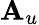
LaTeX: \mathbf{A}_{u}